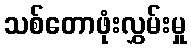
သစ်တောဖုံးလွှမ်းမှု